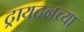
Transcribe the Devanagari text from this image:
ट्रायटनच्या